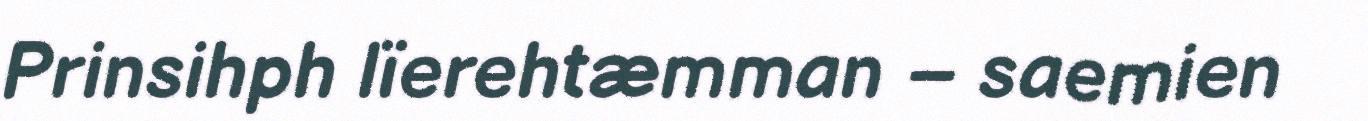
Prinsihph lïerehtæmman – saemien